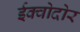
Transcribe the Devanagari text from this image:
ईक्वोदोर